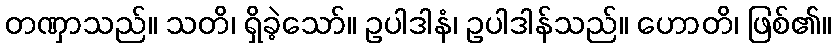
တဏှာသည်။ သတိ၊ ရှိခဲ့သော်။ ဥပါဒါနံ၊ ဥပါဒါန်သည်။ ဟောတိ၊ ဖြစ်၏။